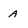
Character: A